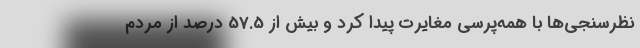
نظرسنجی‌ها با همه‌پرسی مغایرت پیدا کرد و بیش از 57.5 درصد از مردم